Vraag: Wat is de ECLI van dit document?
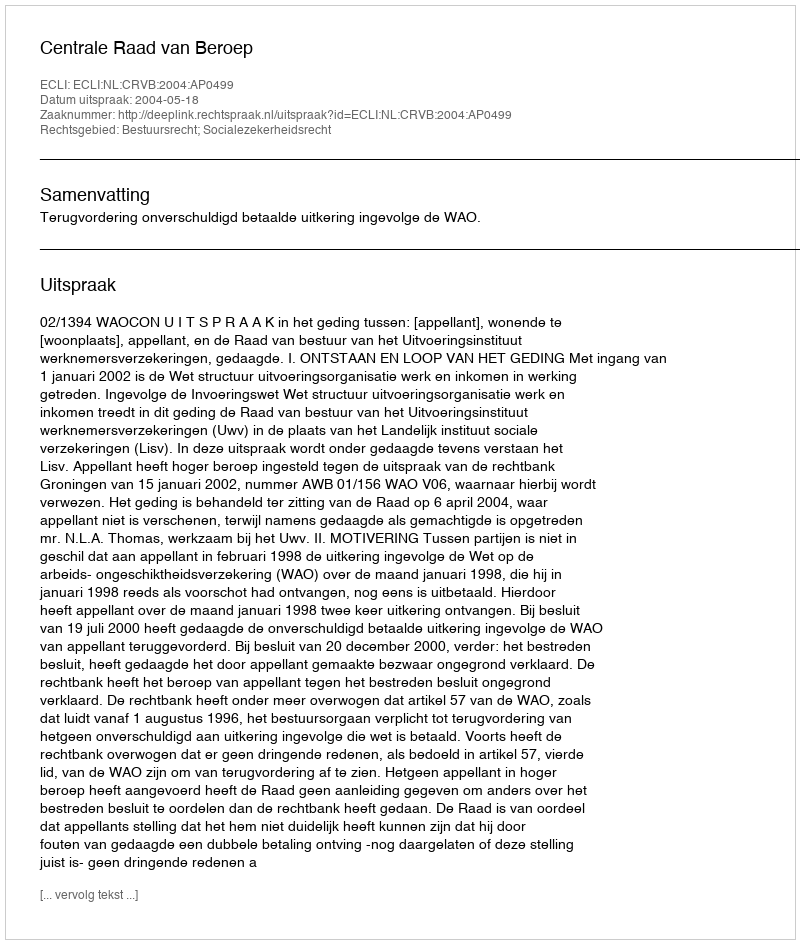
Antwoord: ECLI:NL:CRVB:2004:AP0499